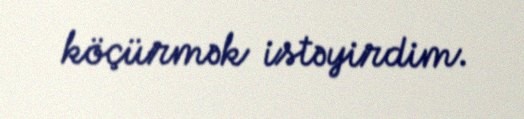
köçürmək istəyirdim.